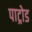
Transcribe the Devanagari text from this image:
पाट्रोड